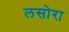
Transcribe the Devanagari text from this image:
लसोरा